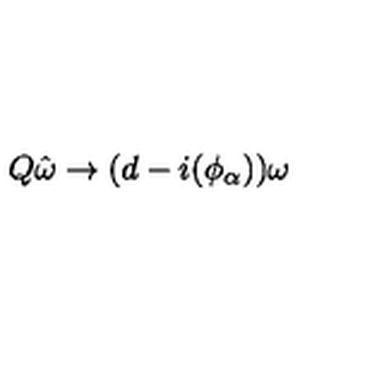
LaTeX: Q \hat { \omega } \to ( d - i ( \phi _ { \alpha } ) ) \omega